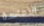
التعاسة